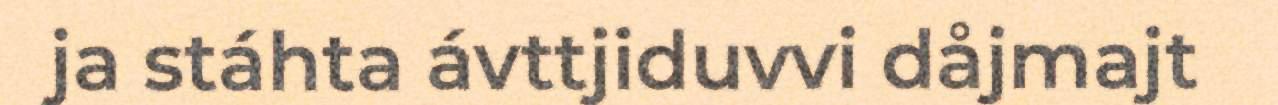
ja stáhta ávttjiduvvi dåjmajt